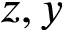
z , y